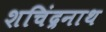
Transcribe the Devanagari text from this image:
शचिंद्रनाथ